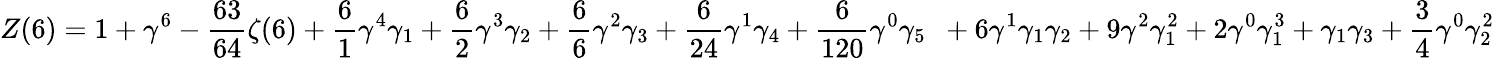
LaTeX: Z(6)=1+\gamma^{6}-\frac{63}{64}\zeta(6)+\frac{6}{1}\gamma^{4}\gamma_{1}+\frac{6}{2}\gamma^{3}\gamma_{2}+\frac{6}{6}\gamma^{2}\gamma_{3}+\frac{6}{24}\gamma^{1}\gamma_{4}+\frac{6}{120}\gamma^{0}\gamma_{5}\, \, \, +6\gamma^{1}\gamma_{1}\gamma_{2}+9\gamma^{2}\gamma_{1}^{2}+2\gamma^{0}\gamma_{1}^{3}+\gamma_{1}\gamma_{3}+\frac 34\gamma^{0}\gamma_{2}^{2}